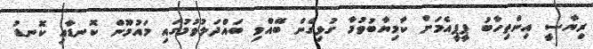
ރިޔާސީ އިންތިހާބު ޕީޕީއެމަށް ކާމިޔާބުވުމާ ގުޅިގެން ބޭއްވި ބައްދަލުވުމުގައި މައުމޫން ކޮނޑާއި ކޮނޑު